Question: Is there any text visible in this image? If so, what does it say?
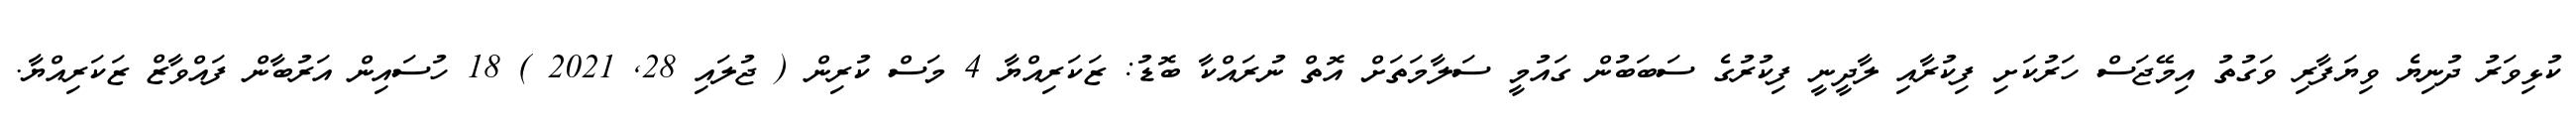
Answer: ކުޅިވަރު ދުނިޔެ ވިޔަފާރި ވަގުތު އިމޭޖަސް ހަރުކަށި ފިކުރާއި ލާދީނީ ފިކުރުގެ ސަބަބުން ގައުމީ ސަލާމަތަށް އޮތް ނުރައްކާ ބޮޑު: ޒަކަރިއްޔާ 4 މަސް ކުރިން ( ޖުލައި 28, 2021 ) 18 ހުސައިން އަރުބާން ފައްވާޒް ޒަކަރިއްޔާ.